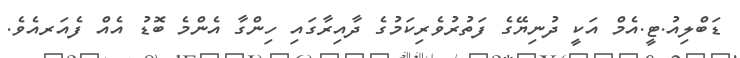
ޑަބްލިއު.ޓީ.އެމް އަކީ ދުނިޔޭގެ ފަތުރުވެރިކަމުގެ ދާއިރާގައި ހިންގާ އެންމެ ބޮޑު އެއް ފެއަރއެވެ.